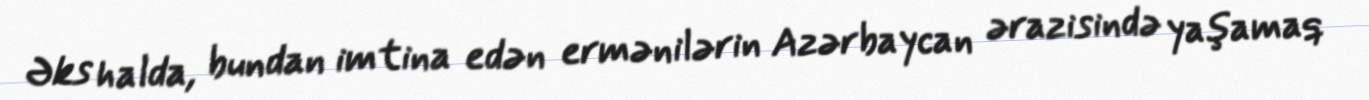
Əks halda, bundan imtina edən ermənilərin Azərbaycan ərazisində yaşamaq